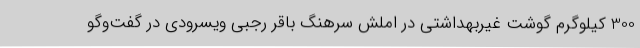
300 کیلوگرم گوشت غیربهداشتی در املش سرهنگ باقر رجبی ویسرودی در گفت‌وگو